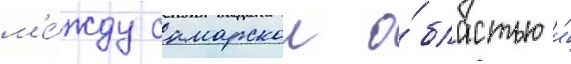
м'е́жду самарскои о́бластью и́